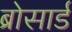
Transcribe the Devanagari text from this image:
ब्रोसार्ड